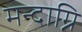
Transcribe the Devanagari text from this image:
मन्दाग्नि